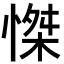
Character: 𢞼